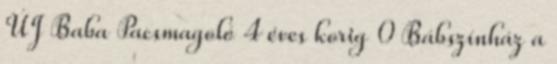
ÚJ Baba Pacsmagoló 4 éves korig 0 Bábszínház a